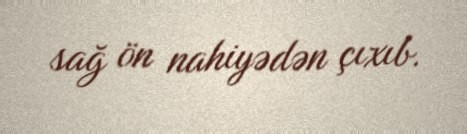
sağ ön nahiyədən çıxıb.